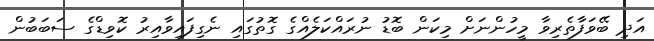
އަދި ބޭވަފާތެރިވާ މީހުންނަށް މިކަން ބޮޑު ނުރައްކަލެއްގެ ގޮތުގައި ނެގިފައިވާއިރު ކޮވިޑްގެ ސަބަބުން